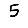
Digit: 5